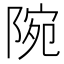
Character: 𨺋